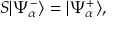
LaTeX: S | \Psi _ { \alpha } ^ { - } \rangle = | \Psi _ { \alpha } ^ { + } \rangle ,